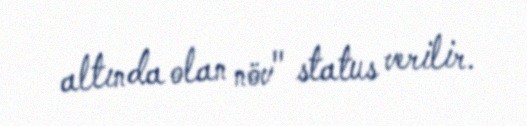
altında olan növ" status verilir.